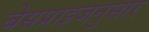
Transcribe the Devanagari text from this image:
बेसप्राइजनुसार